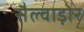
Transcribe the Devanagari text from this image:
सैल्वाड़ोर